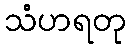
သံဟရတု